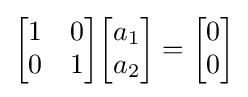
{\begin{bmatrix}1&0\\0&1\end{bmatrix}}{\begin{bmatrix}a_{1}\\a_{2}\end{bmatrix}}={\begin{bmatrix}0\\0\end{bmatrix}}